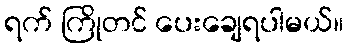
ရက် ကြိုတင် ပေးချေရပါမယ်။